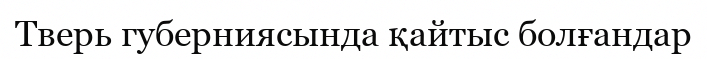
Тверь губерниясында қайтыс болғандар